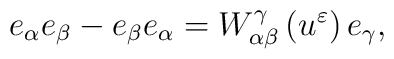
e_{\alpha }e_{\beta }-e_{\beta }e_{\alpha }=W_{\alpha \beta }^{\gamma}\left( u^{\varepsilon }\right) e_{\gamma },